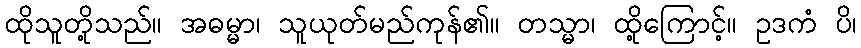
ထိုသူတို့သည်။ အဓမ္မာ၊ သူယုတ်မည်ကုန်၏။ တသ္မာ၊ ထို့ကြောင့်။ ဥဒကံ ပိ၊